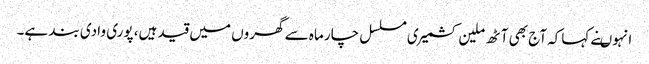
انہوںنے کہاکہ آج بھی آٹھ ملین کشمیری مسلسل چار ماہ سے گھروں میں قید ہیں، پوری وادی بند ہے۔